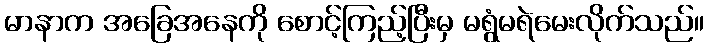
မာနာက အခြေအနေကို စောင့်ကြည့်ပြီးမှ မရွံမရဲမေးလိုက်သည်။